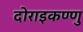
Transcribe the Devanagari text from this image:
दोराइकण्णु